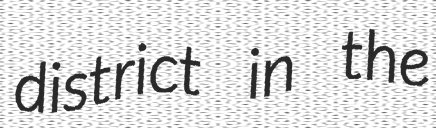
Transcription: district in the